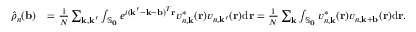
\begin{array} { r l } { \hat { \rho } _ { n } ( \mathbf { b } ) } & { = \frac { 1 } { N } \sum _ { \mathbf { k } , \mathbf { k } ^ { \prime } } \int _ { \mathbb { S } _ { \mathbf { 0 } } } e ^ { i ( \mathbf { k } ^ { \prime } - \mathbf { k } - \mathbf { b } ) ^ { T } \mathbf { r } } v _ { n , \mathbf { k } } ^ { * } ( \mathbf { r } ) v _ { n , \mathbf { k } ^ { \prime } } ( \mathbf { r } ) \mathrm { d } \mathbf { r } = \frac { 1 } { N } \sum _ { \mathbf { k } } \int _ { \mathbb { S } _ { \mathbf { 0 } } } v _ { n , \mathbf { k } } ^ { * } ( \mathbf { r } ) v _ { n , \mathbf { k } + \mathbf { b } } ( \mathbf { r } ) \mathrm { d } \mathbf { r } . } \end{array}